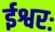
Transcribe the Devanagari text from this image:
ईश्वरः